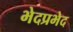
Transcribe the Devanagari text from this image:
भेदप्रभेद